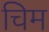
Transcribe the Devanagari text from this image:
चिम